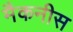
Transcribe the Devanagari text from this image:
मैकनीस